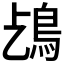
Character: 𩾤